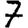
Digit: 7